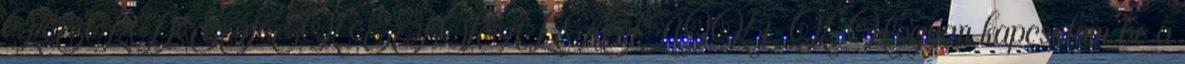
KÉRDÉSEK ÉS VÁLASZOK 1. K: Hogyan kapcsolom be a